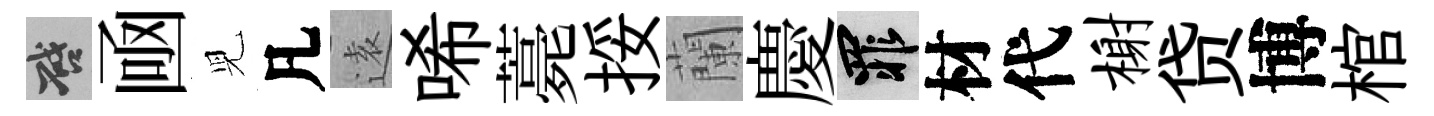
啓凾児凡逺唏薧挼蘭慶罪材代榭贷博棺